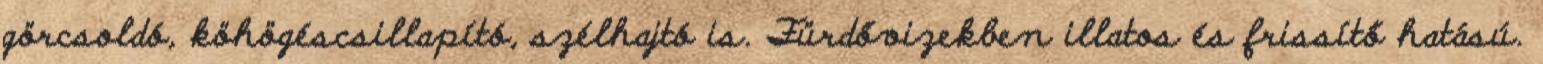
görcsoldó, köhögéscsillapító, szélhajtó is. Fürdővizekben illatos és frissítő hatású.